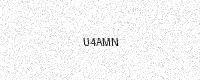
Text: U4AMN